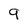
Character: 9